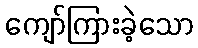
ကျော်ကြားခဲ့သော